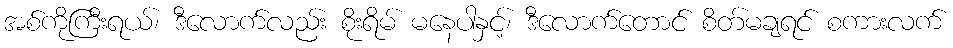
အစ်ကိုကြီးရယ်၊ ဒီလောက်လည်း စိုးရိမ် မနေပါနှင့်၊ ဒီလောက်တောင် စိတ်မချရင် စကားလက်